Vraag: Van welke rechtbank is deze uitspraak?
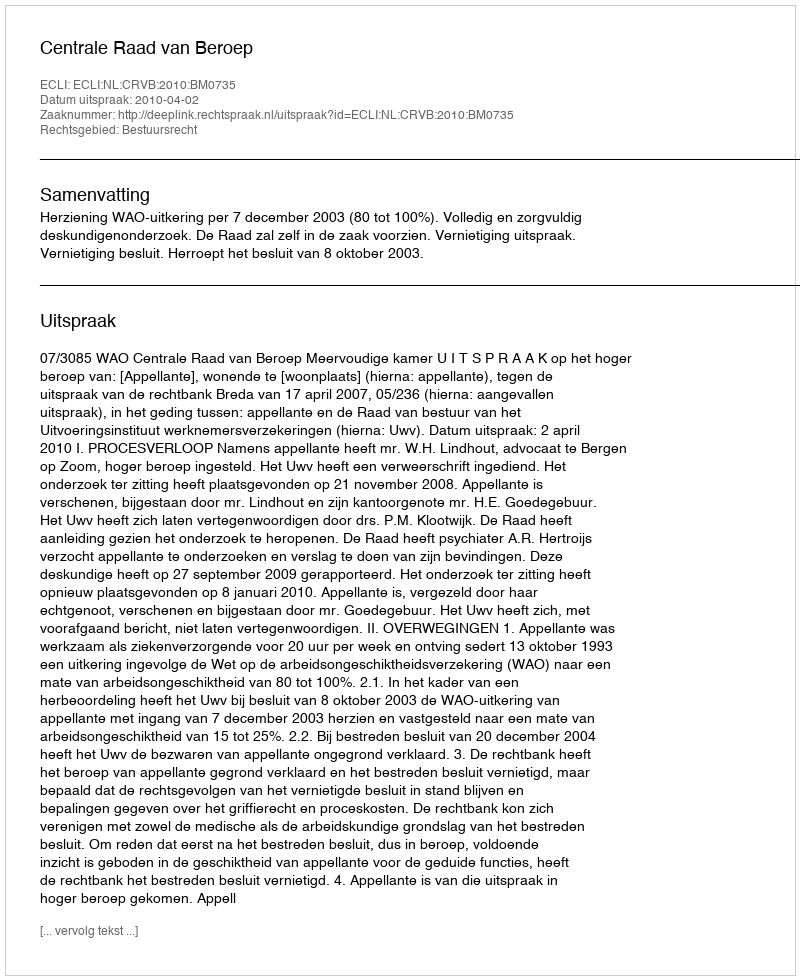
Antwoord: Centrale Raad van Beroep